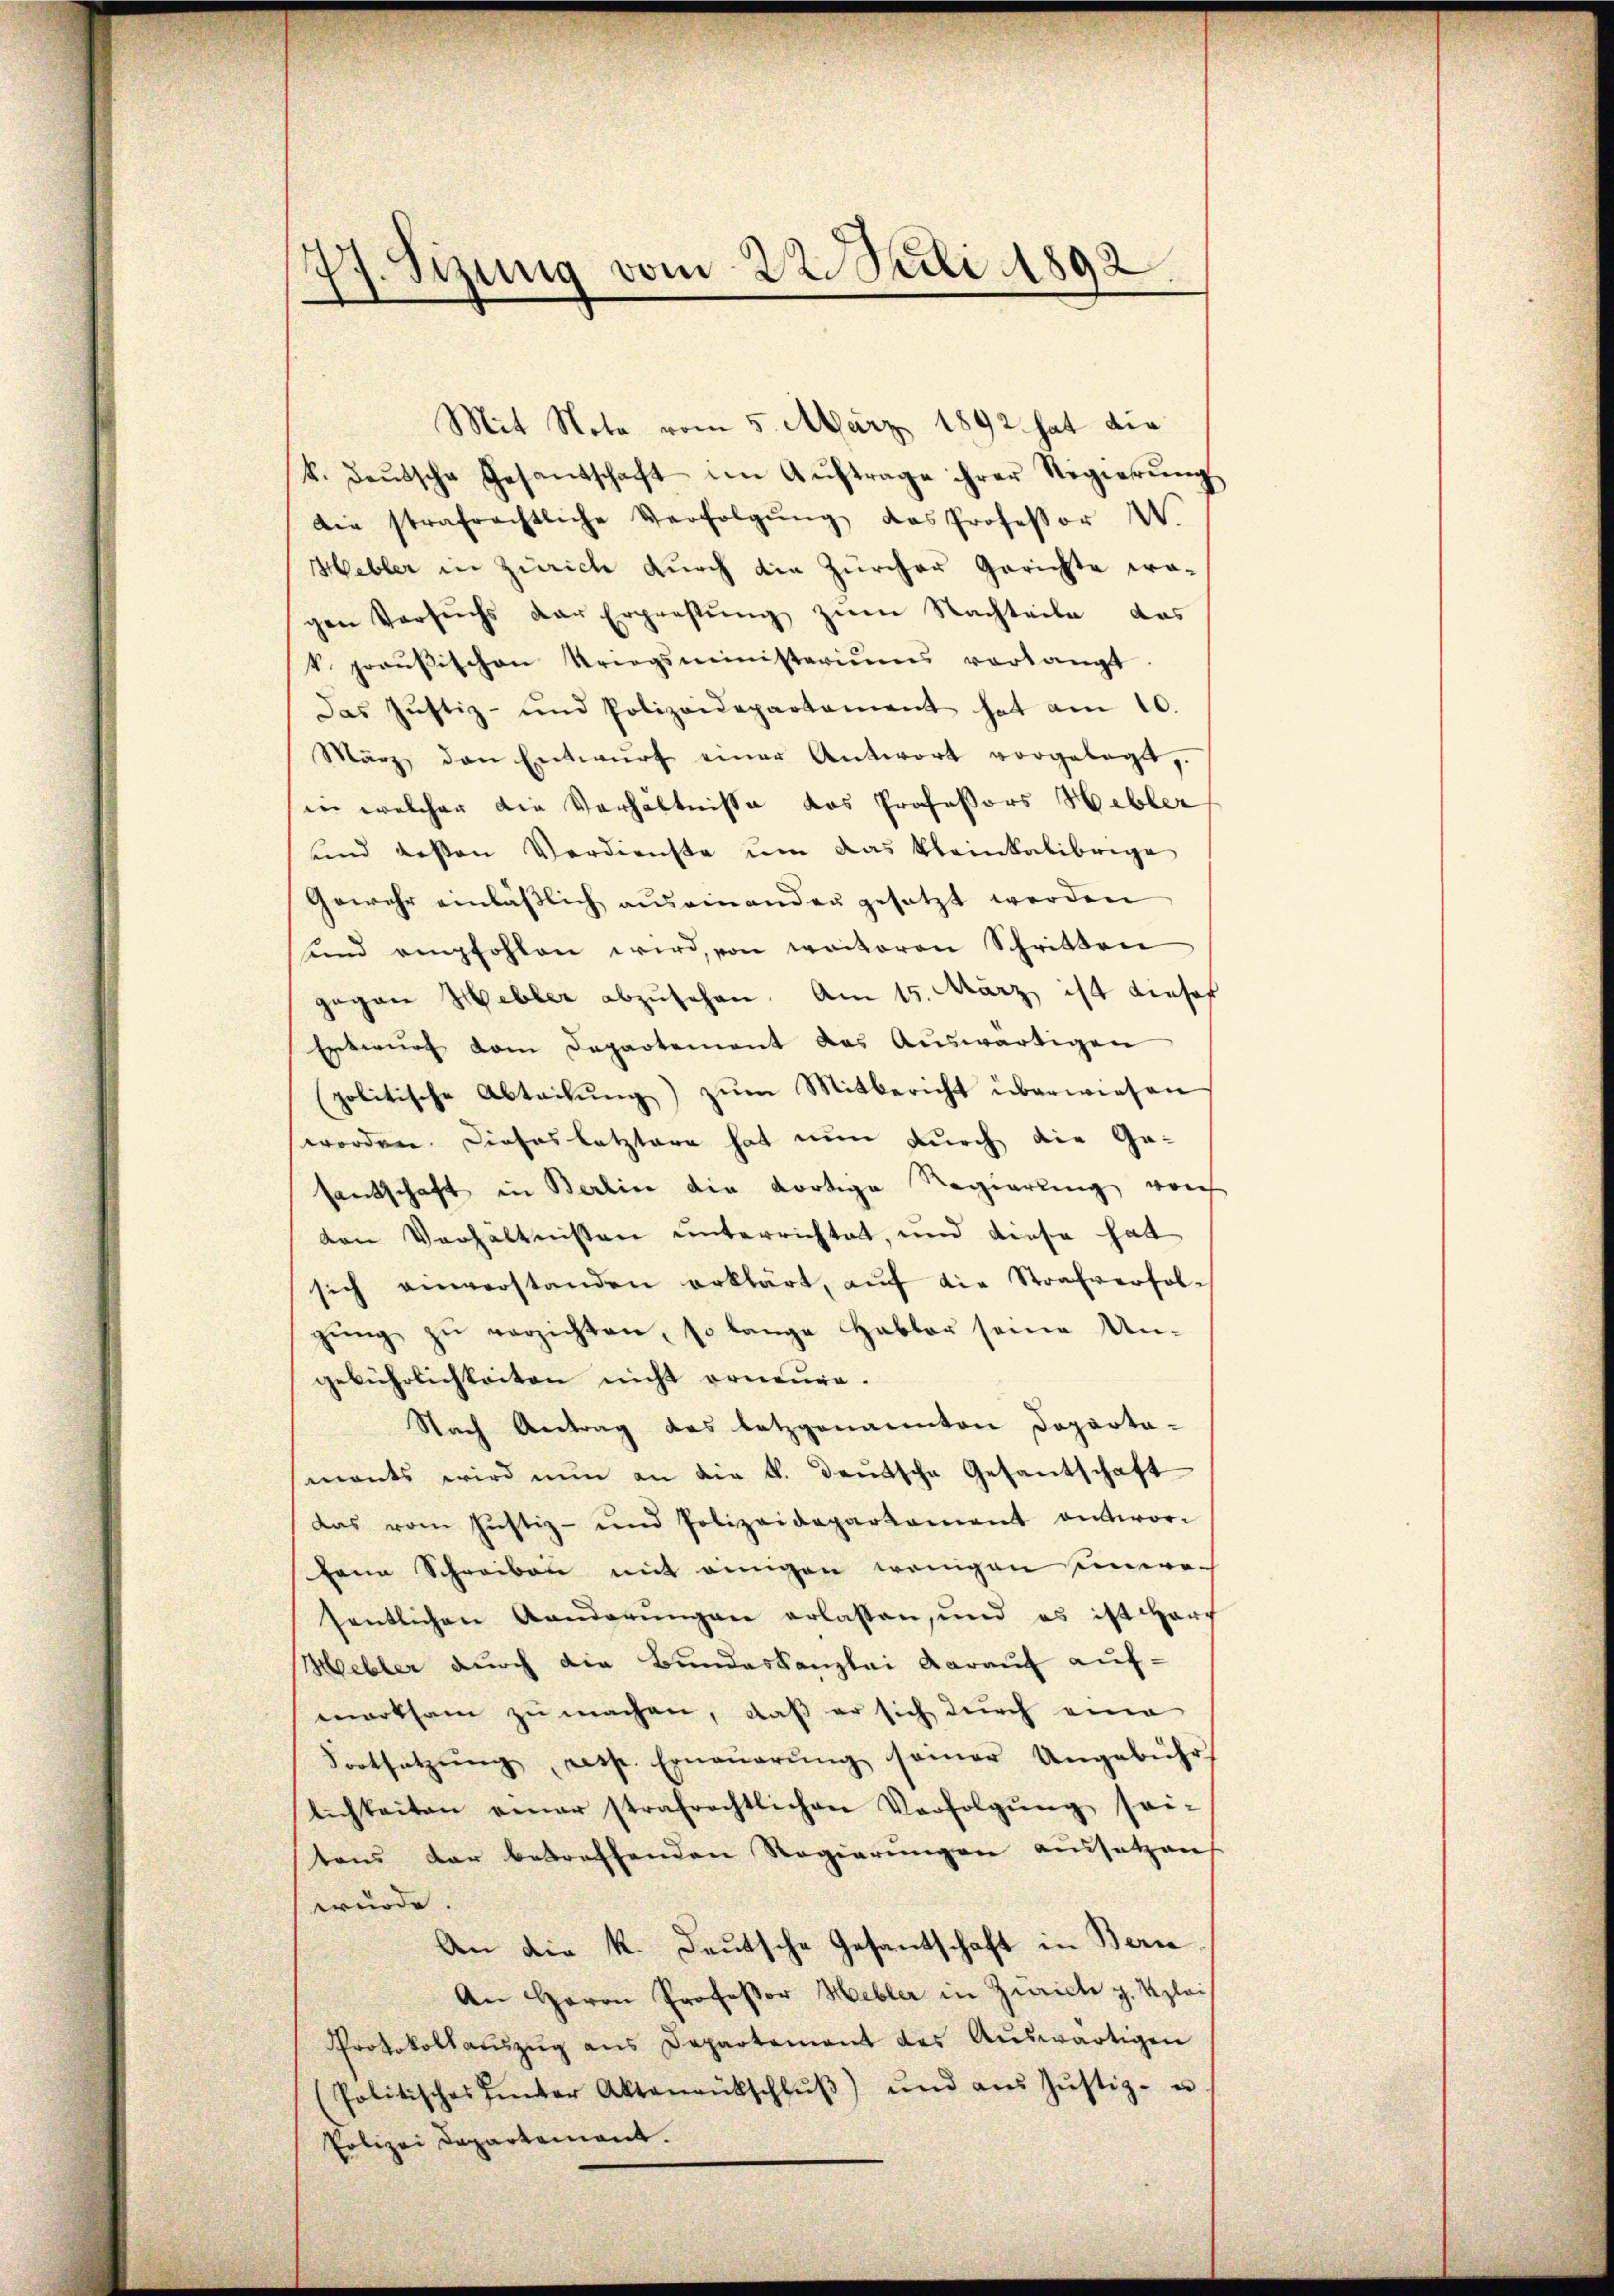
77. Sizung vom 22. Juli 1892.

Mit Nota vom 5. März 1892 hat die
k. deŭtsche Gesantschaft im Aŭftrage ihrer Regierŭng
die strafrechtliche Verfolgŭng das Professor W.
Hebler in Zürich durch die Zürcher Gerichte wa-
gen Versuchs der Erprestŭng zŭm Nachteile das
 praŭβischen Kriegsministeriums verlangt
Das Justiz- und Polizeidepartament hat am 10.
März, den Entwŭrf einer Antwort vorgelegt,
in welcher die Verhältnisse das Professors Hebler
und dessen Verdienste um das kleinkalibrige
Gewehr einläβlich auseinanden gesetzt werden
und empfohlen wird, von weiteren Schritten
gegen Hebler abzŭsehen. Am 15. März ist dieser
Entwurf vom Departement des Auswärtigen
politische Abteilŭng zŭm Mitbericht überwiesen
worden. Dieses letztere hat nun durch die Gesantschaft in Berline die dortige Regierung von
von Verhältnissen unterrichtet, und diese hat
sich einverstanden erklärt, aŭf die Strafverfolgŭng zŭ verzichten, so lange Habbar seine Un-
gebührlichkeiten nicht erneure.
Nach Antrag des letzgenannten Doparta-
mants wird nŭn an die k. deŭtsche Gesantschaft
das vom Justiz- und Polizeidepartament antwor¬
Jena Schreiben mit einigen wenigen eineresentlichen Landerungen erlassen, und es ist warf
Webler durch die Bundeskanzlei darauf aufmarksam zu machen, daß er sich durch eine
Fortsetzŭng, resp. Erneŭerŭng seiner Ungebühr
lichkeiten einer strafrechtlichen Verfolgŭng sei-
tens dar betreffenden Regierungen aussetzen
wurde.
An die k. Deutsche Gesantschaft in Bern,
An Herrn Professor Hebler in Zürich g. Klei
Protokollaŭszŭg ans Departement des Auswärtigen
(Politisches hinter Aktenrückschlŭβ) und aŭs Jŭstiz- u
Polizei Departement.